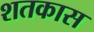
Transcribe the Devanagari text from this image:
शतकास